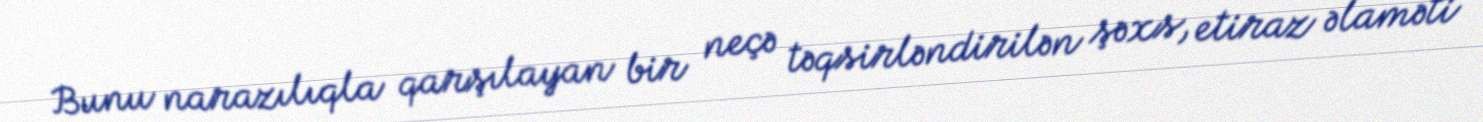
Bunu narazılıqla qarşılayan bir neçə təqsirləndirilən şəxs, etiraz əlaməti